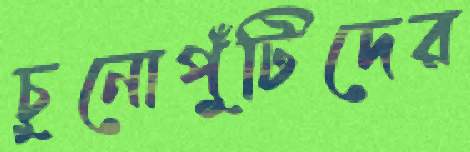
চুনোপুঁটিদের